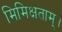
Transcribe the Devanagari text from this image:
मिमिक्षताम्।